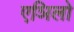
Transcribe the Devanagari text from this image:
एञिलो